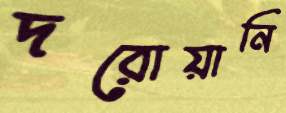
দরোয়ানি